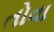
તોવા